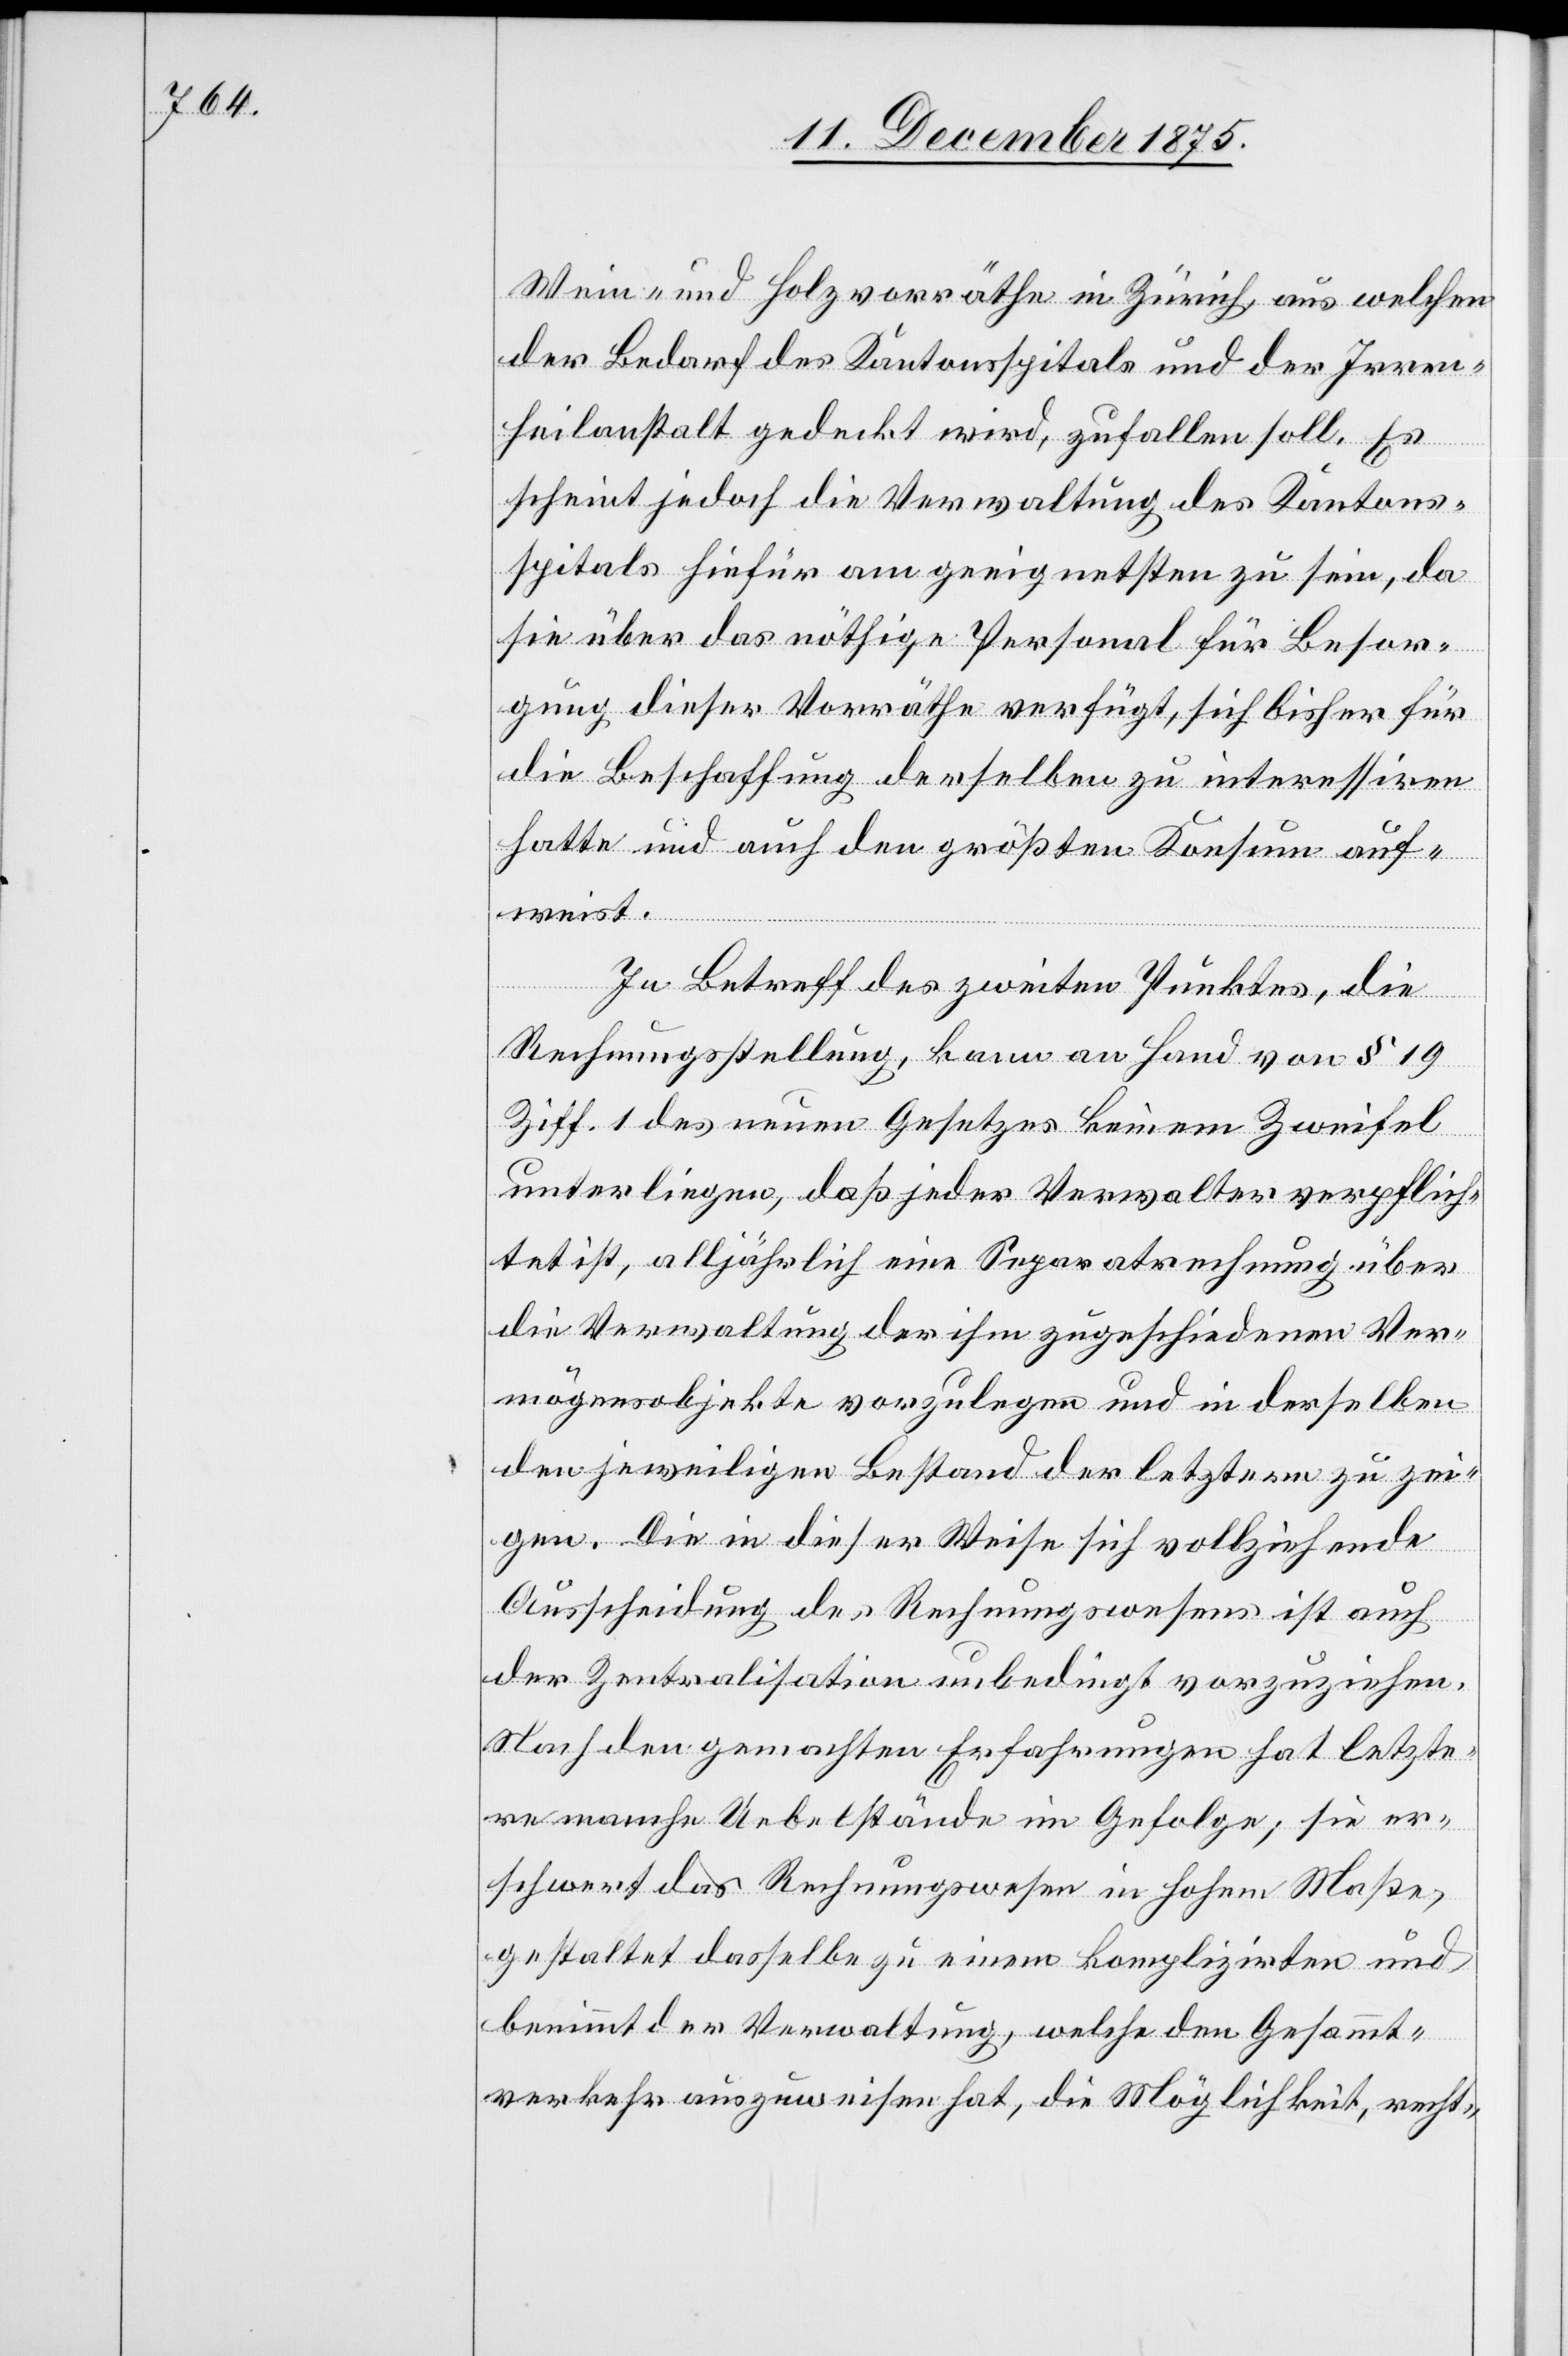
Wein- und Holzvorräthe in Zürich aus welchen
der Bedarf des Kantonsspitals und der Irren¬
heilanstalt gedeckt wird, zufallen soll. Es
scheint jedoch die Verwaltung des Kantons¬
spitals hiefür am geeignetsten zu sein, da
sie über das nöthige Personal für Besor¬
gung dieser Vorräthe verfügt, sich bisher für
die Beschaffung derselben zu interessiren
hatte und auch den größten Konsum auf¬
weist.
In Betreff des zweiten Punktes, die
Rechnungsstellung, kann an Hand von § 19
Ziff. 1 des neuen Gesetzes keinem Zweifel
unterliegen, daß jeder Verwalter verpflich¬
tet ist, alljährlich eine Separatrechnung über
die Verwaltung der ihm zugeschiedenen Ver¬
mögensobjekte vorzulegen und in derselben
den jeweiligen Bestand der letztern zu zei¬
gen. Die in dieser Weise sich vollziehende
Ausscheidung des Rechnungswesens ist auch
der Zentralisation unbedingt vorzuziehen.
Nach den gemachten Erfahrungen hat letzte¬
re manche Uebelstände im Gefolge; sie er¬
schwert das Rechnungswesen in hohem Maße,
gestaltet dasselbe zu einem komplizirten und
benimmt der Verwaltung, welche den Gesammt¬
verkehr auszuweisen hat, die Möglichkeit, recht-